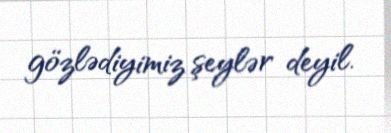
gözlədiyimiz şeylər deyil.